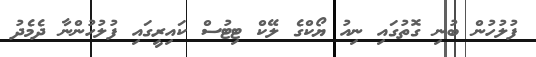
ފުލުހުން ބުނި ގޮތުގައި ނިއު ޔޯކްގެ ލޭކް ޓިޓުސް ކައިރީގައި ފުލުހުންނާ ދެމެދު